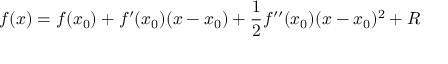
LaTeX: f ( x ) = f ( x _ { 0 } ) + f ^ { \prime } ( x _ { 0 } ) ( x - x _ { 0 } ) + { \frac { 1 } { 2 } } f ^ { \prime \prime } ( x _ { 0 } ) ( x - x _ { 0 } ) ^ { 2 } + R